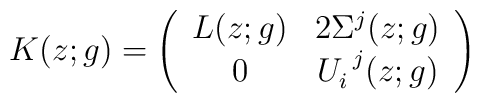
K(z;g)=\left(\begin{array}{cc}                L(z;g)&2\Sigma^{j}(z;g)\\                 0&U_{i}^{~j}(z;g)                \end{array}\right)